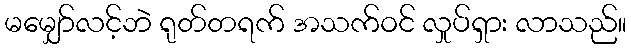
မမျှော်လင့်ဘဲ ရုတ်တရက် အသက်ဝင် လှုပ်ရှား လာသည်။